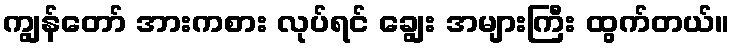
ကျွန်တော် အားကစား လုပ်ရင် ချွေး အများကြီး ထွက်တယ်။